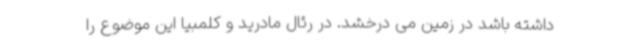
داشته باشد در زمین می درخشد. در رئال مادرید و کلمبیا این موضوع را